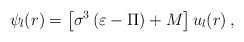
\begin{align*}\psi _{l}(r)=\left[ \sigma ^{3}\left( \varepsilon -\Pi \right) +M\right]u_{l}(r)\,, \end{align*}